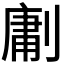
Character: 𭄊